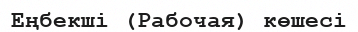
Еңбекші (Рабочая) көшесі